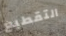
التقطيع